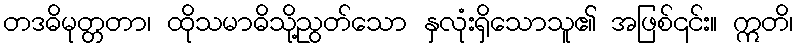
တဒဓိမုတ္တတာ၊ ထိုသမာဓိသို့ညွတ်သော နှလုံးရှိသောသူ၏ အဖြစ်၎င်း။ ဣတိ၊